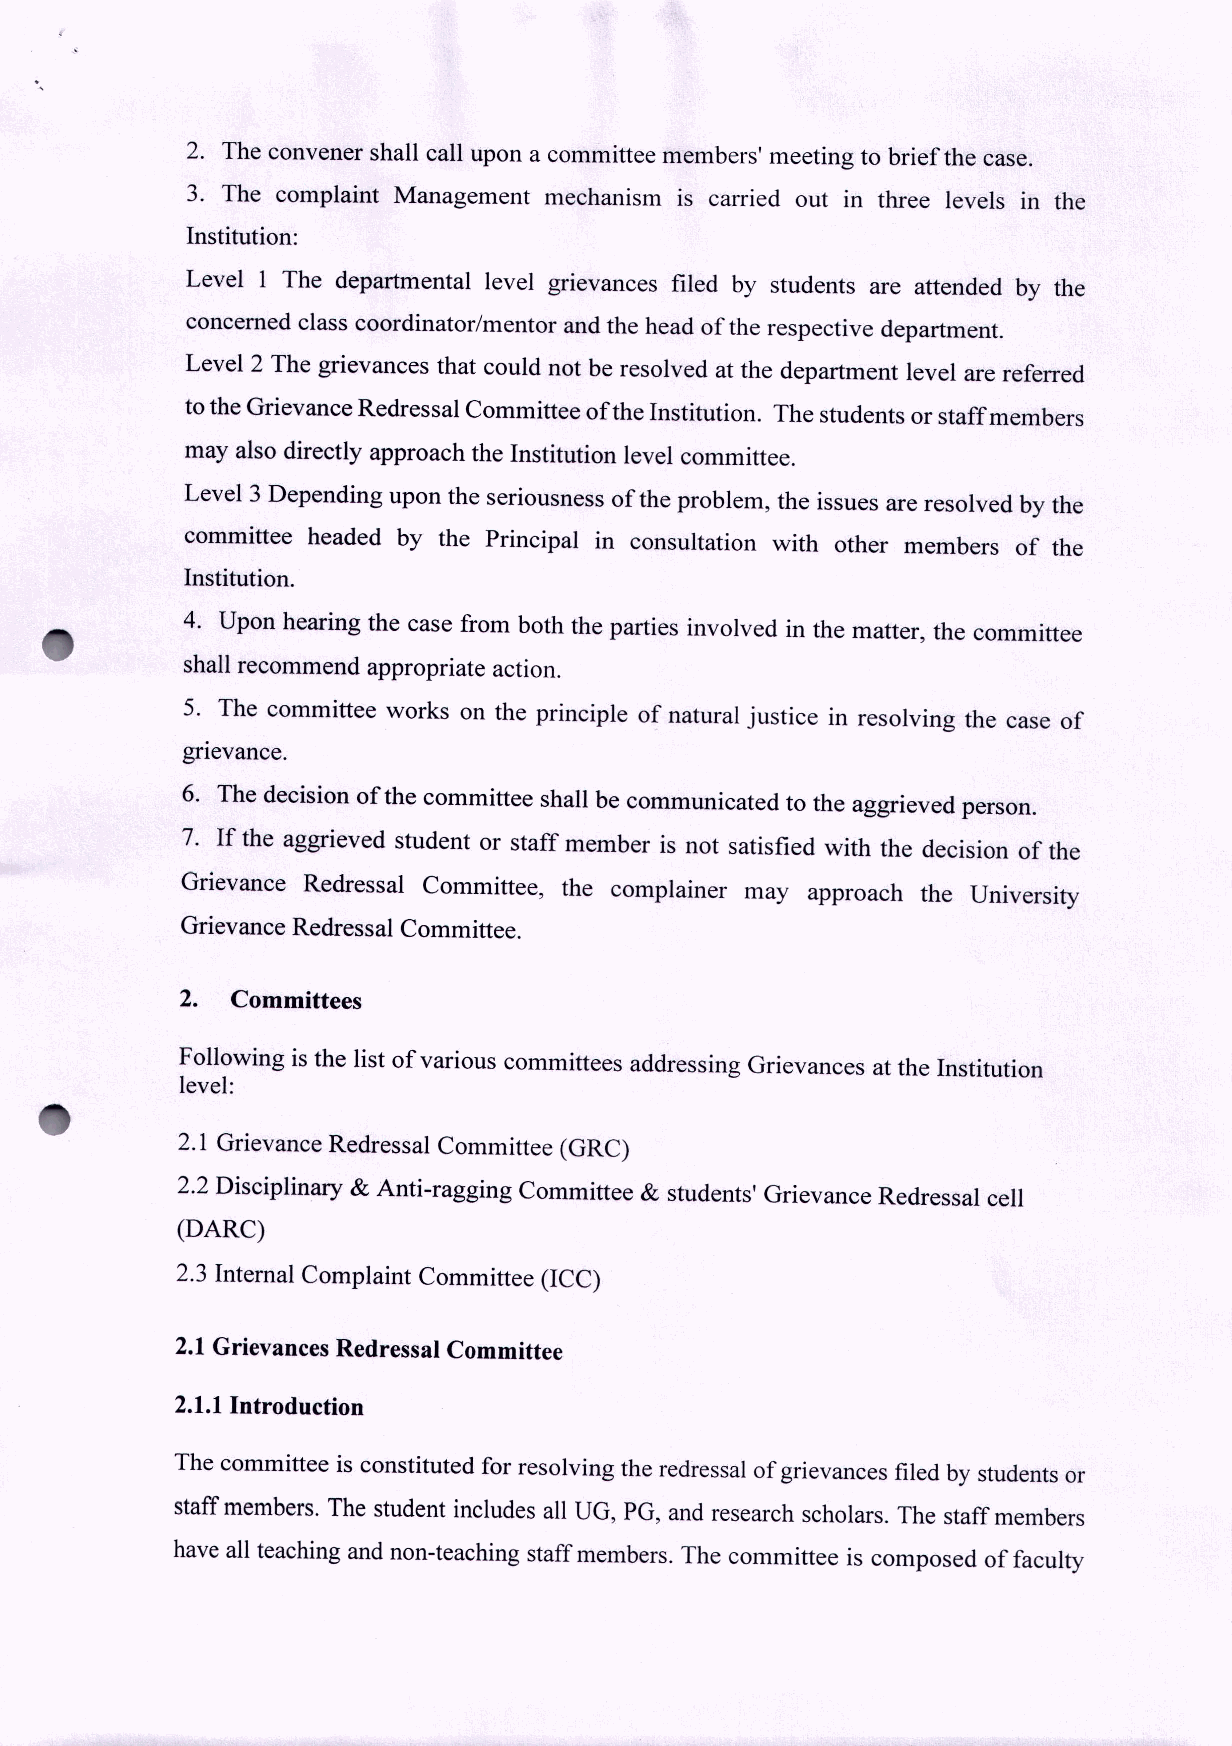
2. The convener shall call upon a committee members' meeting to brief the case.
 3. The complaint Management mechanism is carried out in three levels in the
 Institution:
 Level 1 The departmental level grievances filed by students are attended by the
 concerned class coordinator/mentor and the head of the respective department.
 Level 2 The grievances that could not be resolved at the department level are referred
 to the Grievance Redressal Committee of the Institution. The students or staff members
 may also directly approach the Institution level committee.
 Level 3 Depending upon the seriousness of the problem, the issues are resolved by the
 committee headed by the Principal in consultation with other members of the
 Institution.
 4. Upon hearing the case from both the parties involved in the matter, the committee
 shall recommend appropriate action.
 5. The committee works on the principle of natural justice in resolving the case of
 gnevance.
 6. The decision ofthe committee shall be communicated to the aggrieved person.
 7. If the aggrieved student or staff member is not satisfied with the decision of the
 Grievance Redressal Committee, the complainer may approach the University
 Grievance Redressal Committee.
 2. Committees
 Following is the list of various committees addressing Grievances at the Institution
 level:
 2.1 Grievance Redressal Committee (GRC)
 2.2 Disciplinary & Anti-ragging Committee & students' Grievance Redressal cell
 (DARC)
 2.3 Internal Complaint Committee CICC)
 2.1Grievances Redressal Committee
 2.1.1Introduction
 The committee is constituted for resolving the redressalofgrievances filedby studentsor
 staffmembers.The student includes allUG, PG, and research scholars. The staffmembers
 haveallteachingand non-teaching staffmembers.The committee is composed of faculty